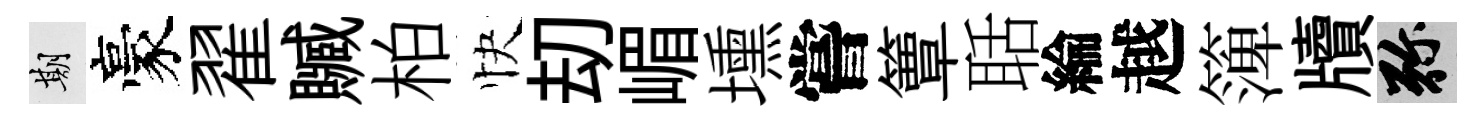
期豪翟贓柏快刧嵋壎嘗簟聒綸越𥱼牘弥